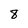
Character: 8